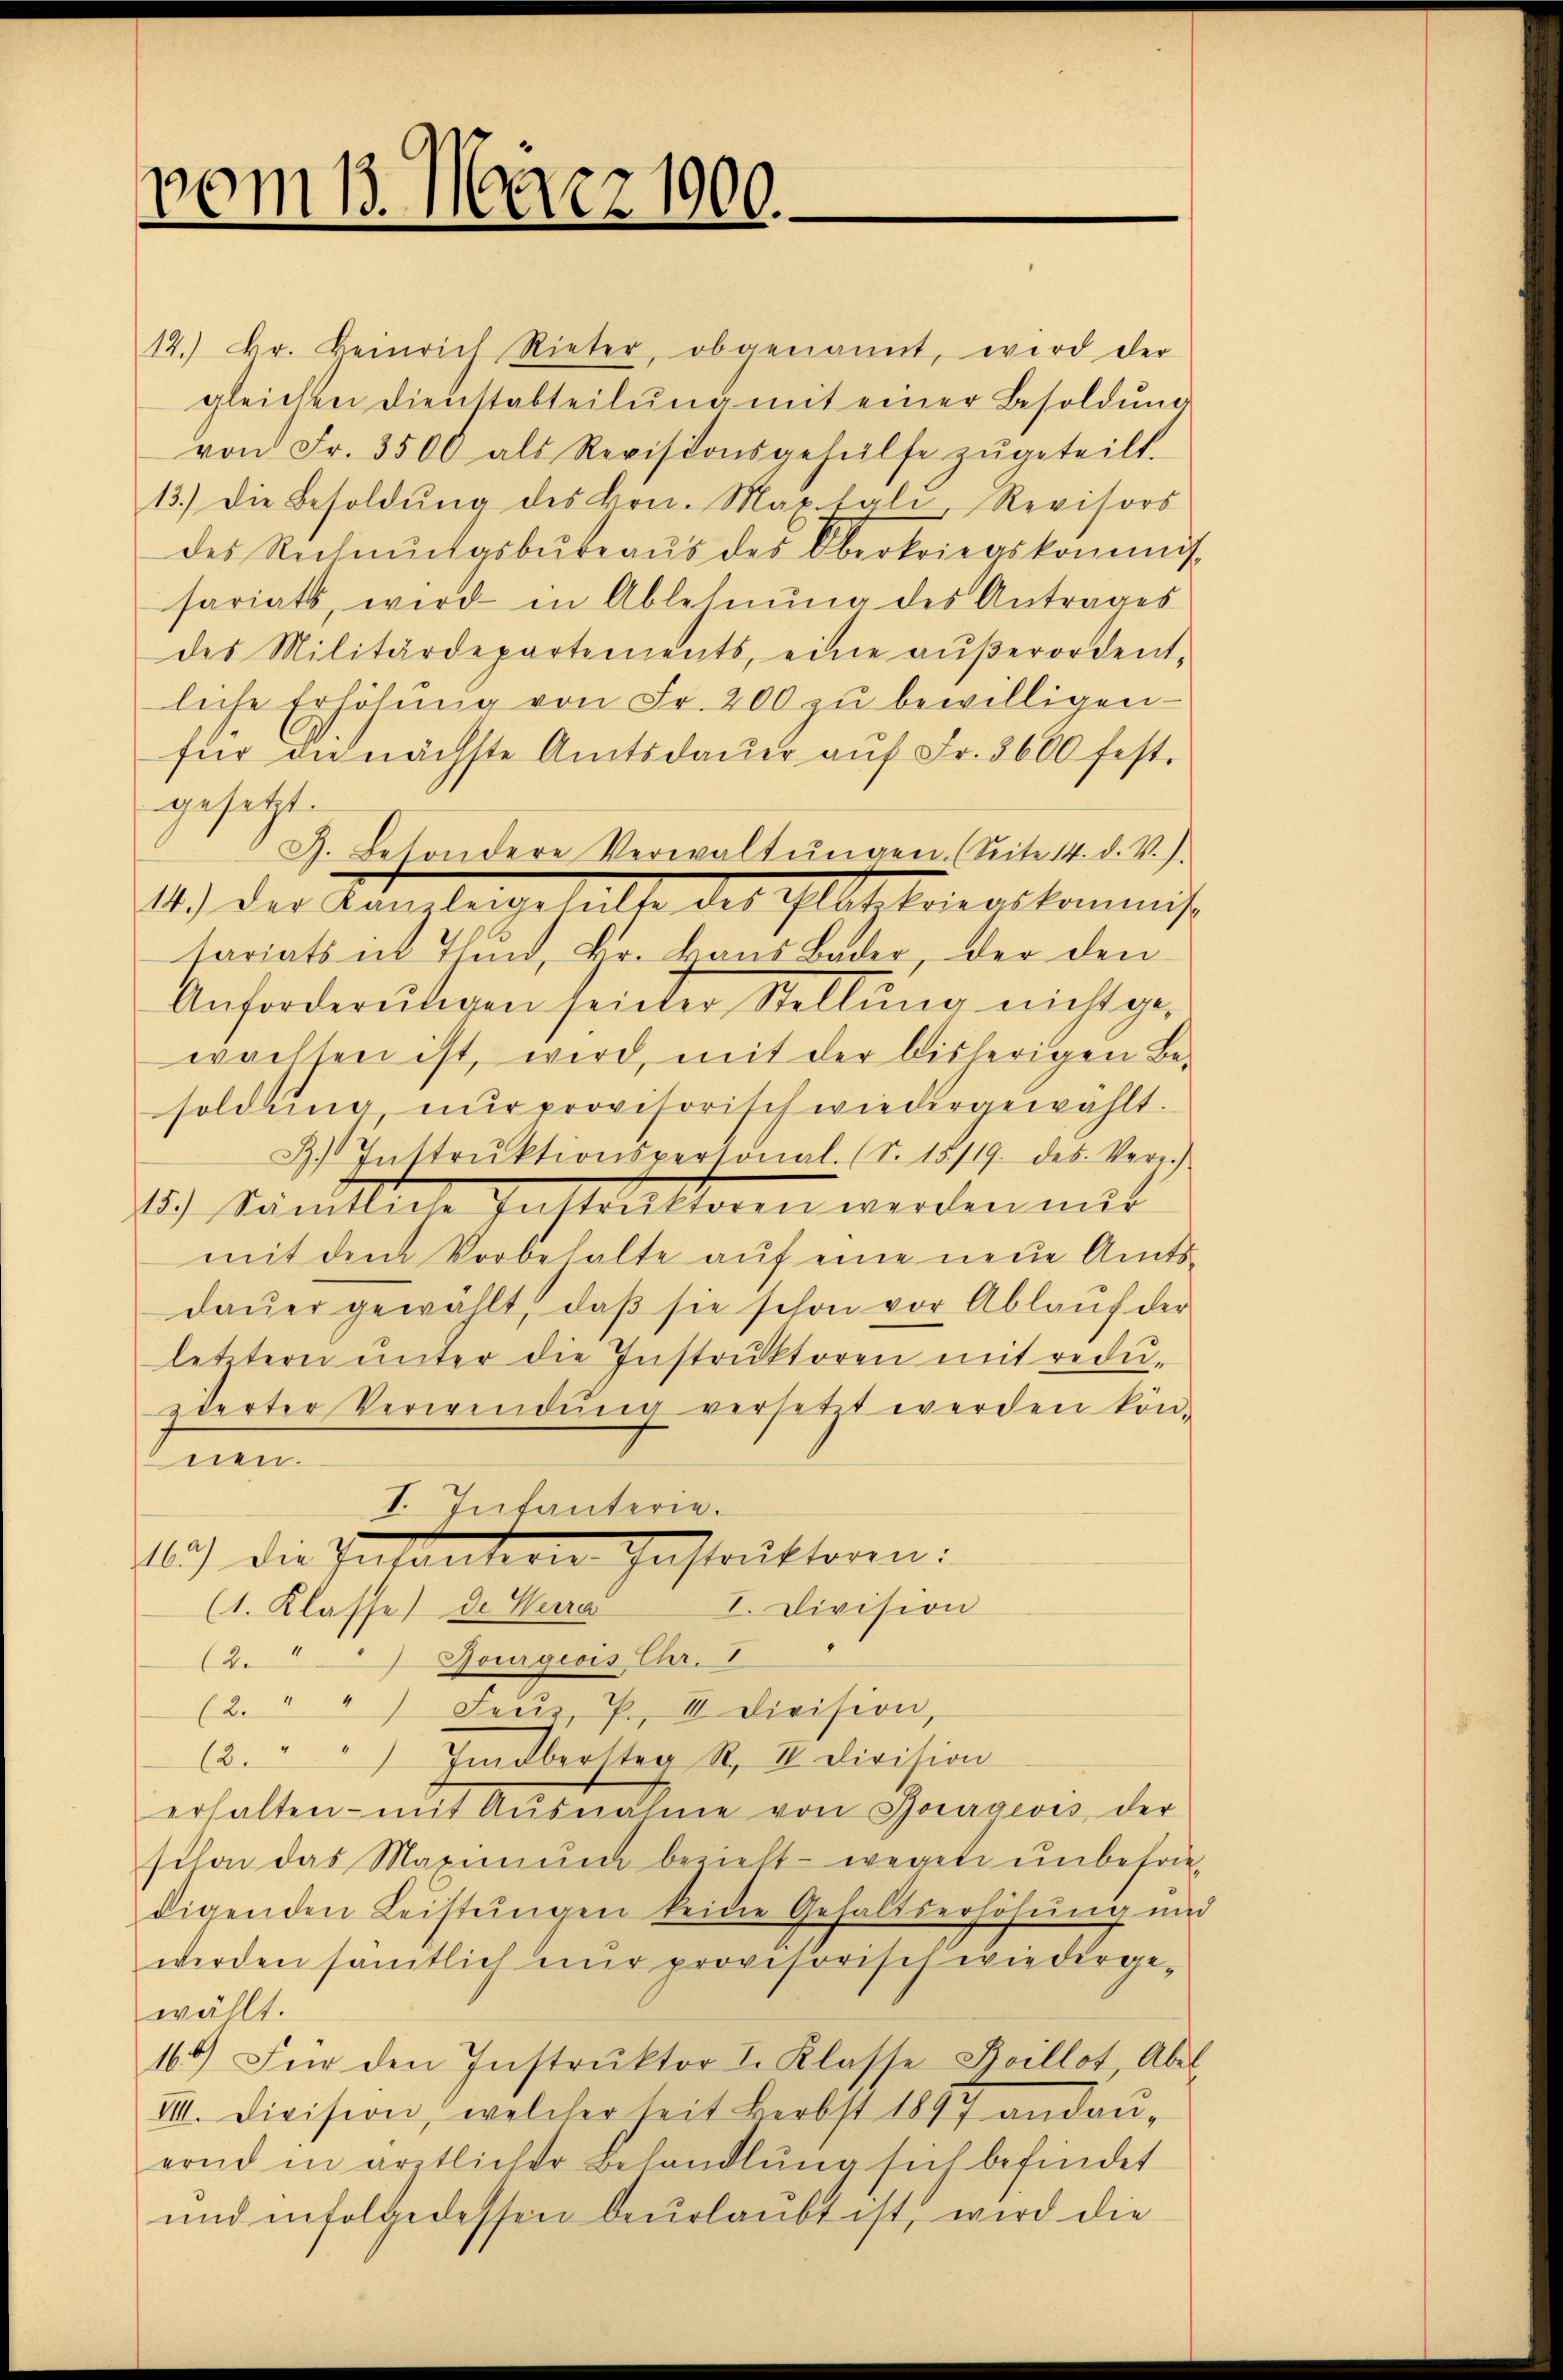
vom 13. März 1900.

12.) Dr. Heinrich Rieter, obgenannt, wird der
gleichen Dienstabteilŭng mit einer Besoldŭng
von Fr. 3500 als Revisionsgehülfe zŭgeteilt.
13.) Die Besoldŭng des Hrn. Martali, Revisors
des Rechnŭngsbüreaŭs des Oberkriegskommis
sariats, wird in Ablehnŭng des Antrages
des Militärdepartements, eine aŭβerordentliche Erhöhŭng von Fr. 200 zŭ bewilligen
für die nächste Amtsdaŭer aŭf Fr. 3600 fest-
gesetzt.
tariats in Thun, Br. kans Buder, der den
Anforderŭngen seider Stellŭng nicht ge-
wachsen ist, wird, mit der bisherigen Be-
soldung nur provisorisch wiedergewählt.
B. Instrŭktionspersonal. (S. 15/19. des Vers.
15.) Sämtliche Instruktoren werden nur
mit dem Vorbehalte auf eine neue Amtsdaŭer gewählt, daβ sie schon vor Ablaŭf der
letztern ŭnter die Instrŭktoren mit redŭ-
eierter Verwendung versetzt werden kön-
dun
I. Infanterie.
16.) Die Infantion Instruktoren:
I. Division
(1. Klasse) de Verra
(2. " Jourgeois Chr. I
(2. " " Feŭz, P., II Division,
(2. " " Hidbersten S. II. Division
erhalten mit Ausnahme von Gouagevis der
schon das Maximŭm bezieht - wegen unbefriedigenden Leistungen keine Gehaltserhöhung und
werden sämtlich nur provisorisch wiedergewällt.
166) Für den Instrŭktor I. Klasse Boillot, Abel
11. Division, welcher seit Herbst 1897 andan-
ernd in ärztlicher Behandlung sich befindet
und infolge dessen beurlaubt ist, wird die

G. Betondere Verwaltŭngen. (Seite 14. d. V.).

11.) Der Kanzleigehalte des Glattriolkommis